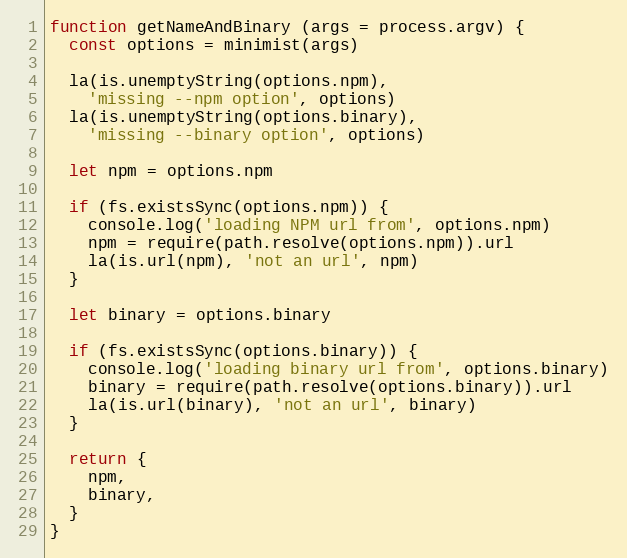
Language: JavaScript
function getNameAndBinary (args = process.argv) {
  const options = minimist(args)

  la(is.unemptyString(options.npm),
    'missing --npm option', options)
  la(is.unemptyString(options.binary),
    'missing --binary option', options)

  let npm = options.npm

  if (fs.existsSync(options.npm)) {
    console.log('loading NPM url from', options.npm)
    npm = require(path.resolve(options.npm)).url
    la(is.url(npm), 'not an url', npm)
  }

  let binary = options.binary

  if (fs.existsSync(options.binary)) {
    console.log('loading binary url from', options.binary)
    binary = require(path.resolve(options.binary)).url
    la(is.url(binary), 'not an url', binary)
  }

  return {
    npm,
    binary,
  }
}